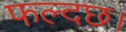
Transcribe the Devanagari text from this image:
फल्दछ।